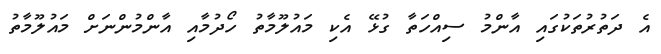
އެ ދަތުރުތަކުގައި އާންމު ސިއްހަތާ ގުޅޭ އެކި މައުލޫމާތު ހޯދުމާއި އާންމުންނަށް މައުލޫމާތު